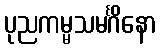
ပုညကမ္မသမင်္ဂိနော